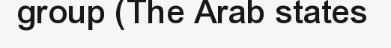
group (The Arab states